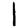
Digit: 1